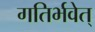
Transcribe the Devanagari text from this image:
गतिर्भवेत्